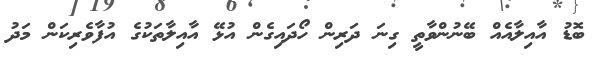
ބޮޑު އާއިލާއެއް ބޭނުންވާތީ ގިނަ ދަރިން ހޯދައިގެން އުޅޭ އާއިލާތަކުގެ އުފާވެރިކަން މަދު